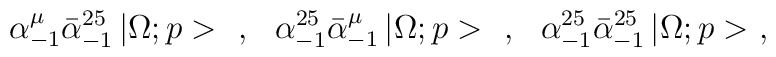
\alpha^\mu_{-1}\bar{\alpha}^{25}_{-1}\,|\Omega;p>\ \ ,\ \ \alpha^{25}_{-1}\bar{\alpha}^\mu_{-1}\,|\Omega;p>\ \ ,\ \ \alpha^{25}_{-1}\bar{\alpha}^{25}_{-1}\,|\Omega;p>\ ,